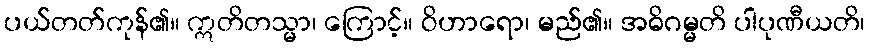
ပယ်တတ်ကုန်၏။ ဣတိတသ္မာ၊ ကြောင့်။ ဝိဟာရော၊ မည်၏။ အဓိဂမ္မတိ ပါပုဏီယတိ၊